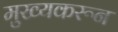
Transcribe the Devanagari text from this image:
मुख्यकरून